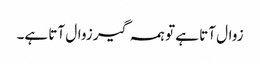
زوال آتا ہے تو ہمہ گیر زوال آتا ہے۔